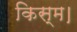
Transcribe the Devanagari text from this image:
किस्म।